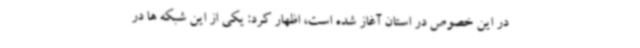
در این خصوص در استان آغاز شده است، اظهار کرد: یکی از این شبکه ها در